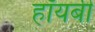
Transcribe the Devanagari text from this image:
हॉयबी